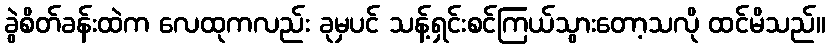
ခွဲစိတ်ခန်းထဲက လေထုကလည်း ခုမှပင် သန့်ရှင်းစင်ကြယ်သွားတော့သလို ထင်မိသည်။